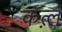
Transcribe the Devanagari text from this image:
कत़्ल